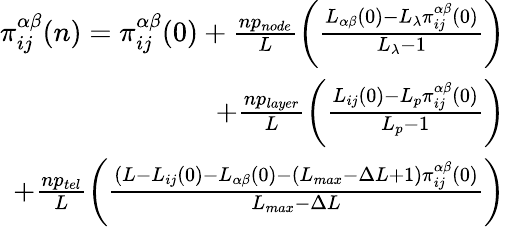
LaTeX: \begin{array}{r}{\pi_{ij}^{\alpha\beta}(n)=\pi_{ij}^{\alpha\beta}(0)+\frac{np_{node}}{L}\left(\frac{L_{\alpha\beta}(0)-L_{\lambda}\pi_{ij}^{\alpha\beta}(0)}{L_{\lambda}-1}\right)}\\ {+\frac{np_{layer}}{L}\left(\frac{L_{ij}(0)-L_{p}\pi_{ij}^{\alpha\beta}(0)}{L_{p}-1}\right)}\\ {+\frac{np_{tel}}{L}\left(\frac{(L-L_{ij}(0)-L_{\alpha\beta}(0)-(L_{max}-\Delta L+1)\pi_{ij}^{\alpha\beta}(0)}{L_{max}-\Delta L}\right)}\end{array}